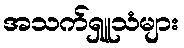
အသက်ရှူသံများ